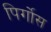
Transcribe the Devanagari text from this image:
पिर्गोस